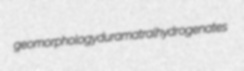
geomorphology duramatral hydrogenates